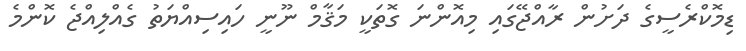
ޑިމޮކްރެސީގެ ދަށުން ރާއްޖޭގައި މިއޮންނަ ގޮތަކީ މަޤާމް ނޫނީ ހައިސިއްޔަތު ގެއްލިއްޖެ ކޮންމެ